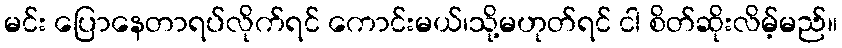
မင်း ပြောနေတာရပ်လိုက်ရင် ကောင်းမယ်၊သို့မဟုတ်ရင် ငါ စိတ်ဆိုးလိမ့်မည်။